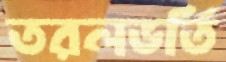
তরলভর্তি